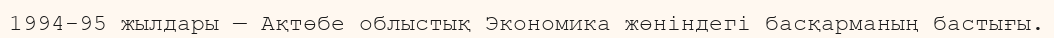
1994-95 жылдары — Ақтөбе облыстық Экономика жөніндегі басқарманың бастығы.